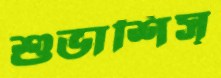
শুভাশিস্‌